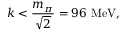
k < { \frac { m _ { \pi } } { \sqrt { 2 } } } = 9 6 ~ \mathrm { M e V } ,